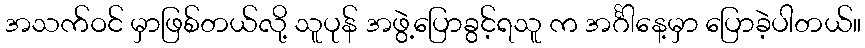
အသက်ဝင် မှာဖြစ်တယ်လို့ သူပုန် အဖွဲ့ပြောခွင့်ရသူ က အင်္ဂါနေ့မှာ ပြောခဲ့ပါတယ်။